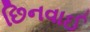
છિનવાઈ